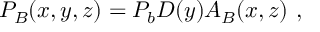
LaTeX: P _ { B } ( x , y , z ) = P _ { b } D ( y ) A _ { B } ( x , z ) ~ ,